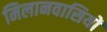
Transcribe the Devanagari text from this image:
मिलानवासियों